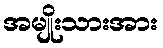
အမျိုးသားအား